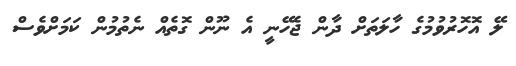
ލޭ އޮހޮރުވުމުގެ ހާލަތަށް ދާން ޖެހޭނީ އެ ނޫން ގޮތެއް ނެތުމުން ކަމަށްވެސް